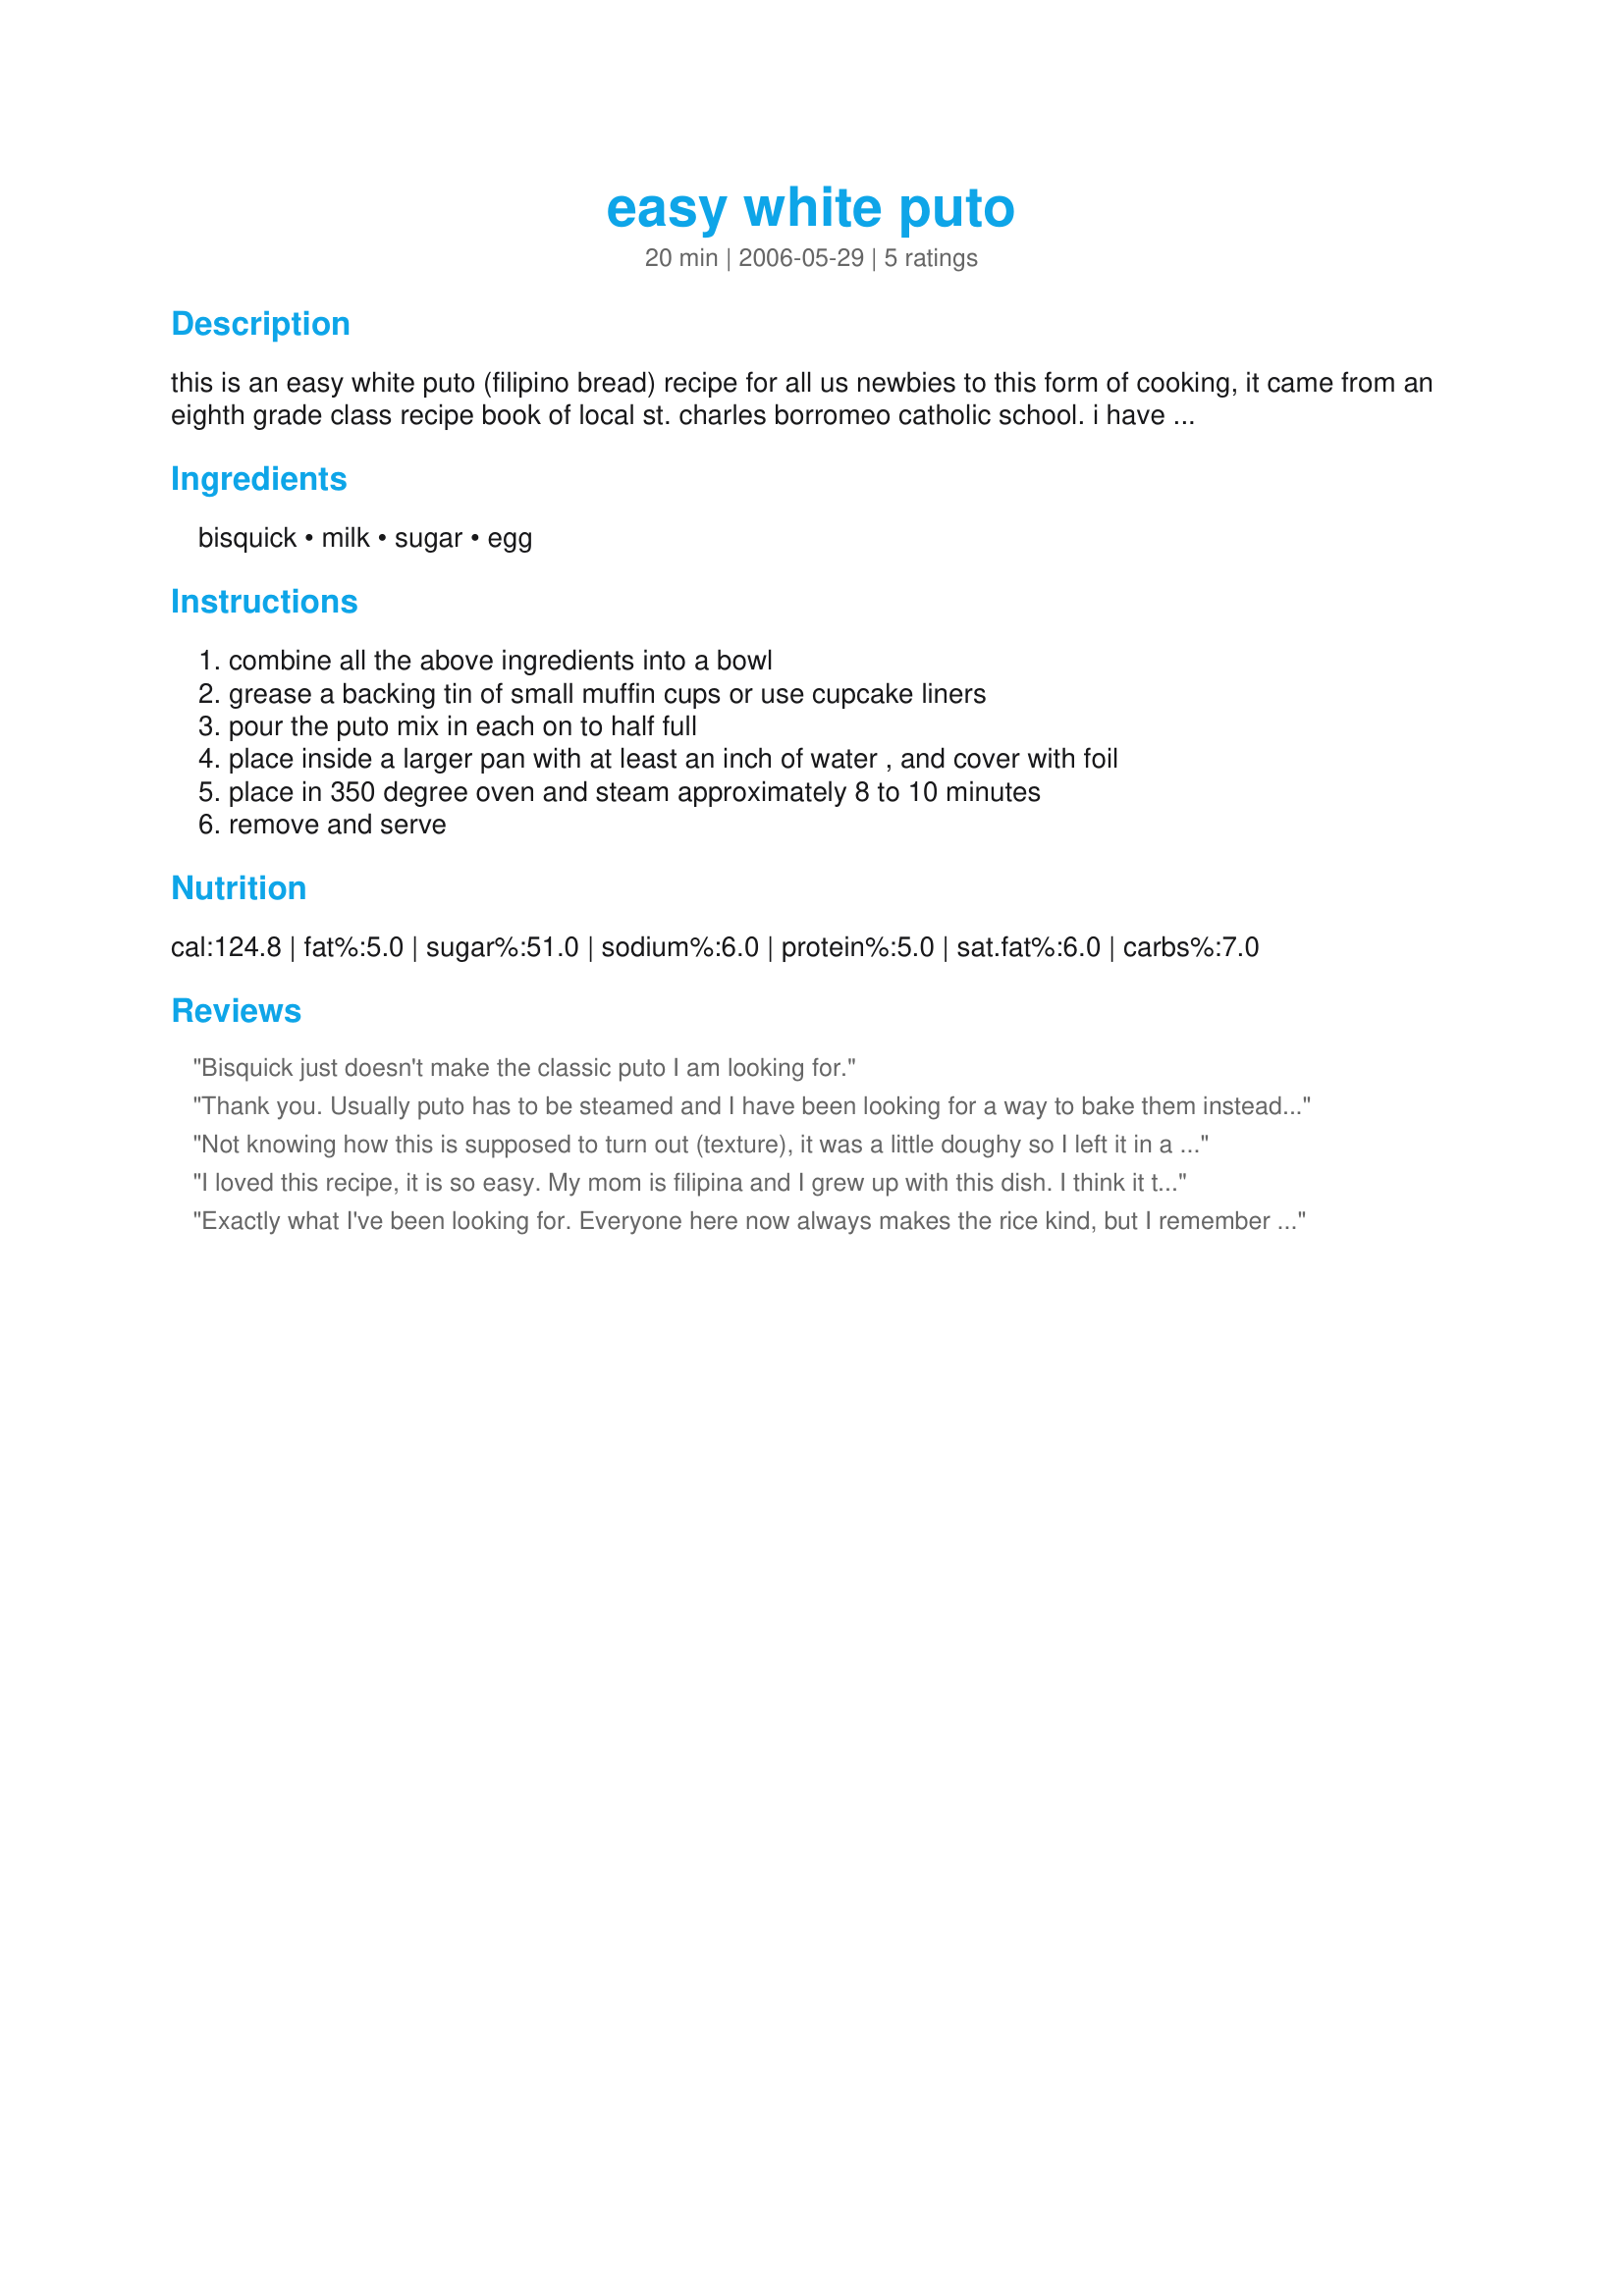
easy white puto
Preparation time: 20 minutes

this is an easy white puto (filipino bread) recipe for all us newbies to this form of cooking, it came from an eighth grade class recipe book of local st. charles borromeo catholic school. i have not tried this yet but certainly intend to soon. i may need to adjust the steaming time and servings once i get this made.

Ingredients:
bisquick, milk, sugar, egg

Steps:
combine all the above ingredients into a bowl, grease a backing tin of small muffin cups or use cupcake liners, pour the puto mix in each on to half full, place inside a larger pan with at least an inch of water , and cover with foil, place in 350 degree oven and steam approximately 8 to 10 minutes, remove and serve

Reviews:
Bisquick just doesn't make the classic puto I am looking for.
Thank you. Usually puto has to be steamed and I have been looking for a way to bake them instead. This way I can do the whole thing at one time instead of by batches in the mini muffin pans.
Not knowing how this is supposed to turn out (texture), it was a little doughy so I left it in a little longer. Otherwise it was pretty good. <br/>Some good hints (for me anyway), put the pan in the oven BEFORE you fill it full of water! LOL<br/>I will definitely try this again, my family liked them!<br/>Thanks.
I loved this recipe, it is so easy. My mom is filipina and I grew up with this dish. I think it tastes great and I never knew it was so easy to make; since I never really watched my mom cook and learned from her. Couldn't wait to call mom and tell her that I actually learned how to cook one of her dishes. Thank you for the great recipe!
Exactly what I've been looking for. Everyone here now always makes the rice kind, but I remember this Bisquick kind from when I was a kid. Excellent!!!
